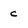
Character: c